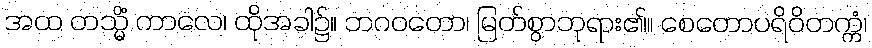
အထ တသ္မိံ ကာလေ၊ ထိုအခါ၌။ ဘဂဝတော၊ မြတ်စွာဘုရား၏။ စေတောပရိဝိတက္ကံ၊